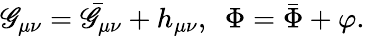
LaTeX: \mathscr{G}_{\mu\nu}={\bar{{\mathscr{G}}}}_{\mu\nu}+h_{\mu\nu},~~\Phi=\bar{{\Phi}}+\varphi.